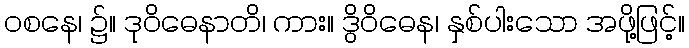
ဝစနေ၊ ၌။ ဒုဝိဓေနာတိ၊ ကား။ ဒွိဝိဓေန၊ နှစ်ပါးသော အဖို့ဖြင့်။